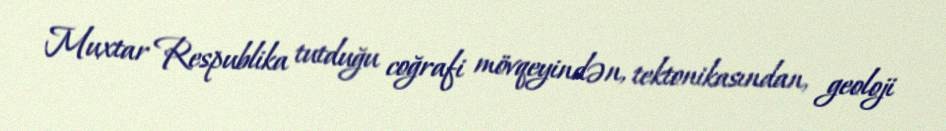
Muxtar Respublika tutduğu coğrafi mövqeyindən, tektonikasından, geoloji